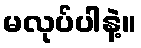
မလုပ်ပါနဲ့။